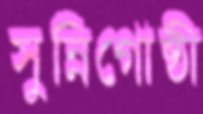
সুন্নিগোষ্ঠী